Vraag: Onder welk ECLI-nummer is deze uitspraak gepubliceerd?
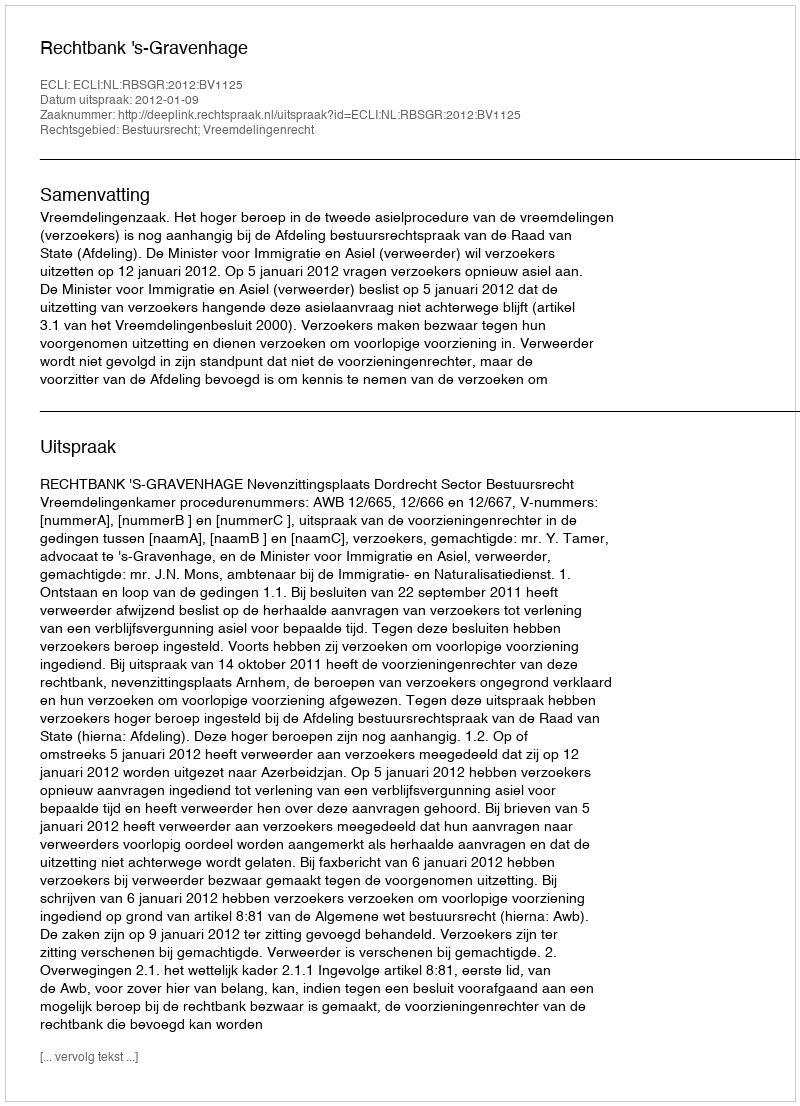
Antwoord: ECLI:NL:RBSGR:2012:BV1125